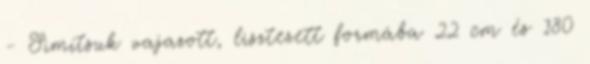
- Simítsuk vajazott, lisztezett formába 22 cm és 180